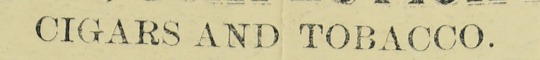
CIGARS AND TOBACCO.